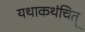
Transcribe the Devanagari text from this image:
यथाकथंचित्‌